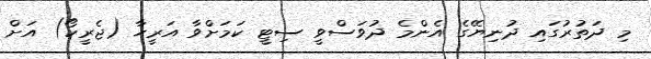
މި ދަތުރުގައި ދުނިޔޭގެ އެންމެ ދުވަސްވީ ސިޓީ ކަމަށްވާ އަރީހާ (ޖެރީކޯ) އަށް